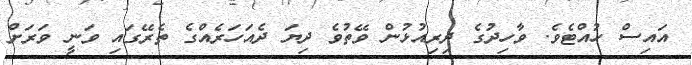
އައިސް ހުއްޓެވެ. ވާހިދުގެ ދިރިއުޅުން ވޭތުވެ ދިޔަ ދެއަހަރެއްގެ ތެރޭގައި ވަނީ ވަރަށް